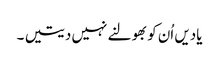
یادیں اُن کو بھولنے نہیں دیتیں ۔